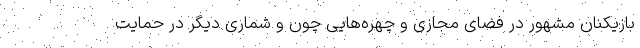
بازیکنان مشهور در فضای مجازی و چهره‌هایی چون و شماری دیگر در حمایت